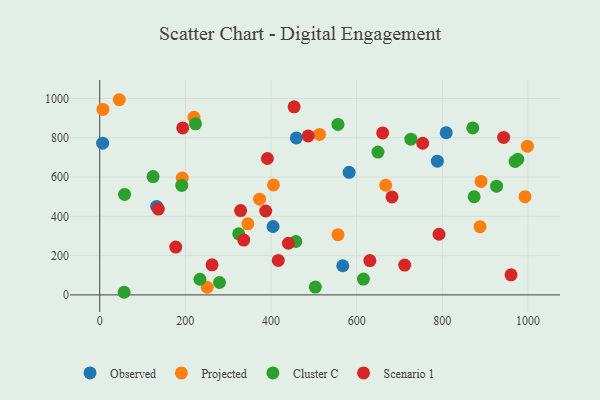
{"axis": {"x": "Speed", "y": "Yield"}, "legend": ["Cluster C", "Observed", "Projected", "Scenario 1"], "data": [{"x": "582.4", "y": 624.1, "type": "Observed"}, {"x": "788.4", "y": 681.0, "type": "Observed"}, {"x": "809.1", "y": 825.9, "type": "Observed"}, {"x": "404.8", "y": 348.2, "type": "Observed"}, {"x": "132.9", "y": 450.4, "type": "Observed"}, {"x": "6.8", "y": 772.4, "type": "Observed"}, {"x": "459.2", "y": 799.1, "type": "Observed"}, {"x": "567.6", "y": 148.4, "type": "Observed"}, {"x": "345.8", "y": 362.0, "type": "Projected"}, {"x": "7.5", "y": 944.3, "type": "Projected"}, {"x": "220.1", "y": 904.2, "type": "Projected"}, {"x": "667.8", "y": 558.2, "type": "Projected"}, {"x": "192.6", "y": 595.0, "type": "Projected"}, {"x": "888.1", "y": 347.3, "type": "Projected"}, {"x": "998.6", "y": 757.3, "type": "Projected"}, {"x": "556.4", "y": 306.7, "type": "Projected"}, {"x": "993.2", "y": 500.2, "type": "Projected"}, {"x": "890.4", "y": 577.5, "type": "Projected"}, {"x": "405.7", "y": 559.8, "type": "Projected"}, {"x": "251.0", "y": 39.0, "type": "Projected"}, {"x": "373.3", "y": 487.1, "type": "Projected"}, {"x": "513.2", "y": 817.0, "type": "Projected"}, {"x": "45.6", "y": 993.6, "type": "Projected"}, {"x": "976.2", "y": 690.0, "type": "Cluster C"}, {"x": "874.3", "y": 499.7, "type": "Cluster C"}, {"x": "556.3", "y": 867.7, "type": "Cluster C"}, {"x": "124.7", "y": 602.4, "type": "Cluster C"}, {"x": "926.7", "y": 553.3, "type": "Cluster C"}, {"x": "223.6", "y": 871.1, "type": "Cluster C"}, {"x": "58.0", "y": 511.6, "type": "Cluster C"}, {"x": "871.1", "y": 850.2, "type": "Cluster C"}, {"x": "969.9", "y": 679.3, "type": "Cluster C"}, {"x": "191.6", "y": 557.2, "type": "Cluster C"}, {"x": "649.7", "y": 727.3, "type": "Cluster C"}, {"x": "324.6", "y": 310.9, "type": "Cluster C"}, {"x": "726.6", "y": 792.8, "type": "Cluster C"}, {"x": "234.0", "y": 79.6, "type": "Cluster C"}, {"x": "57.0", "y": 13.3, "type": "Cluster C"}, {"x": "279.7", "y": 63.1, "type": "Cluster C"}, {"x": "457.9", "y": 271.8, "type": "Cluster C"}, {"x": "615.8", "y": 80.6, "type": "Cluster C"}, {"x": "503.5", "y": 39.7, "type": "Cluster C"}, {"x": "712.1", "y": 151.9, "type": "Scenario 1"}, {"x": "262.3", "y": 153.0, "type": "Scenario 1"}, {"x": "630.8", "y": 174.6, "type": "Scenario 1"}, {"x": "336.3", "y": 278.9, "type": "Scenario 1"}, {"x": "177.6", "y": 243.3, "type": "Scenario 1"}, {"x": "417.0", "y": 175.7, "type": "Scenario 1"}, {"x": "682.5", "y": 498.8, "type": "Scenario 1"}, {"x": "943.2", "y": 801.7, "type": "Scenario 1"}, {"x": "754.2", "y": 772.0, "type": "Scenario 1"}, {"x": "391.6", "y": 694.4, "type": "Scenario 1"}, {"x": "193.9", "y": 850.0, "type": "Scenario 1"}, {"x": "329.0", "y": 429.4, "type": "Scenario 1"}, {"x": "136.9", "y": 437.0, "type": "Scenario 1"}, {"x": "486.8", "y": 809.4, "type": "Scenario 1"}, {"x": "440.6", "y": 263.0, "type": "Scenario 1"}, {"x": "660.7", "y": 824.8, "type": "Scenario 1"}, {"x": "792.3", "y": 308.7, "type": "Scenario 1"}, {"x": "387.6", "y": 427.2, "type": "Scenario 1"}, {"x": "454.0", "y": 957.5, "type": "Scenario 1"}, {"x": "960.4", "y": 102.0, "type": "Scenario 1"}]}